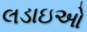
લડાઇઓ